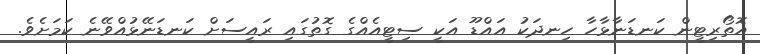
އޮތޯރިޓީން ކަނޑަނާޅާހާ ހިނދަކު އައްޑޫ އަކީ ސިޓީއެއްގެ ގޮތުގައި ރައީސަށް ކަނޑަނޭޅުއްވޭނެ ކަމަށެވެ.